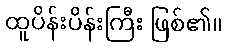
ထူပိန်းပိန်းကြီး ဖြစ်၏။